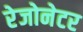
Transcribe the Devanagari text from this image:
रेजोनेटर